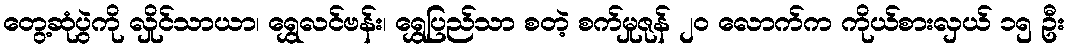
တွေ့ဆုံပွဲကို လှိုင်သာယာ၊ ရွှေလင်ဗန်း၊ ရွှေပြည်သာ စတဲ့ စက်မှုဇုန် ၂၀ လောက်က ကိုယ်စားလှယ် ၁၅ ဦး